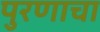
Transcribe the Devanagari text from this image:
पुरणाचा